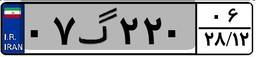
۰۷گ۲۲۰۰۶